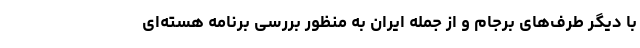
با دیگر طرف‌های برجام و از جمله ایران به منظور بررسی برنامه هسته‌ای